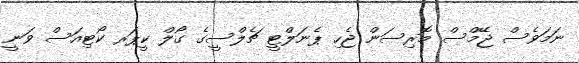
ނަމަވެސް ޖޭމްސް މޮރިސަން ޖެހި ޕެނަލްޓީ ޗެލްސީގެ ގޯލް ކީޕަރ ކޯޓިއަސް ވަނީ